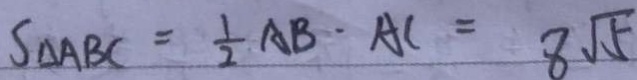
S _ { \Delta A B C } = \frac { 1 } { 2 } A B \cdot A C = 8 \sqrt { 5 }